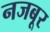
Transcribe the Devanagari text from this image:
नजबूर